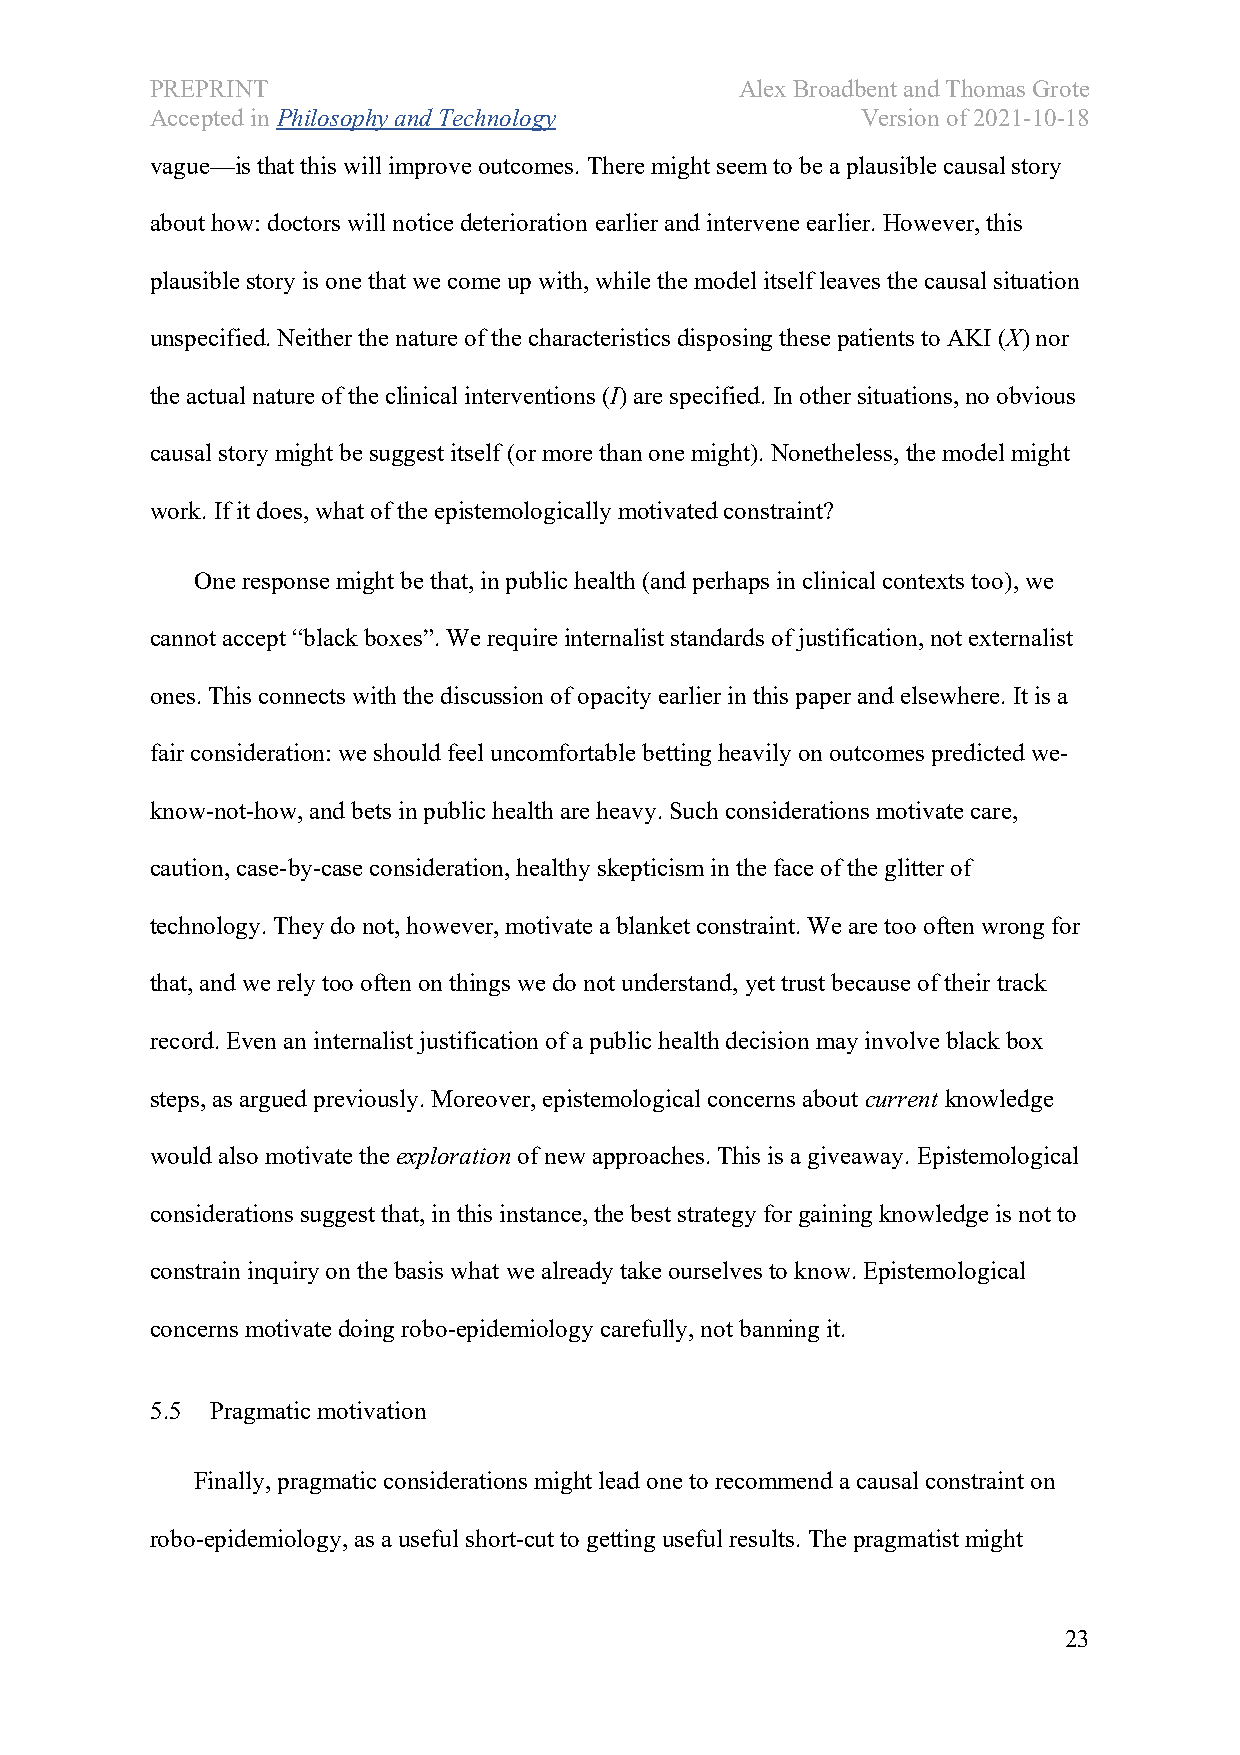
PREPRINT                               Alex Broadbent and Thomas Grote
 Accepted in Philosophy and Technology          Version of 2021-10-18
 vague—is that this will improve outcomes. There might seem to be a plausible causal story
 about how: doctors will notice deterioration earlier and intervene earlier. However, this
 plausible story is one that we come up with, while the model itself leaves the causal situation
 unspecified. Neither the nature of the characteristics disposing these patients to AKI (X) nor
 the actual nature of the clinical interventions (I) are specified. In other situations, no obvious
 causal story might be suggest itself (or more than one might). Nonetheless, the model might
 work. If it does, what of the epistemologically motivated constraint?
 One response might be that, in public health (and perhaps in clinical contexts too), we
 cannot accept “black boxes”. We require internalist standards of justification, not externalist
 ones. This connects with the discussion of opacity earlier in this paper and elsewhere. It is a
 fair consideration: we should feel uncomfortable betting heavily on outcomes predicted we-
 know-not-how, and bets in public health are heavy. Such considerations motivate care,
 caution, case-by-case consideration, healthy skepticism in the face of the glitter of
 technology. They do not, however, motivate a blanket constraint. We are too often wrong for
 that, and we rely too often on things we do not understand, yet trust because of their track
 record. Even an internalist justification of a public health decision may involve black box
 steps, as argued previously. Moreover, epistemological concerns about current knowledge
 would also motivate the exploration of new approaches. This is a giveaway. Epistemological
 considerations suggest that, in this instance, the best strategy for gaining knowledge is not to
 constrain inquiry on the basis what we already take ourselves to know. Epistemological
 concerns motivate doing robo-epidemiology carefully, not banning it.
 5.5 Pragmatic motivation
 Finally, pragmatic considerations might lead one to recommend a causal constraint on
 robo-epidemiology, as a useful short-cut to getting useful results. The pragmatist might
 23